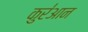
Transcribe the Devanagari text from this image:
कुर॑आन